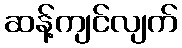
ဆန့်ကျင်လျက်